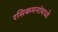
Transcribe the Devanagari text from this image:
रसिकमनांमध्ये